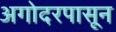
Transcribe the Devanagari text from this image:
अगोदरपासून